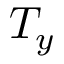
T _ { y }